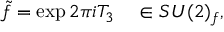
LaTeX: \tilde { f } = \exp 2 \pi i T _ { 3 } \ \ \ \in S U ( 2 ) _ { f } ,